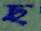
ছ